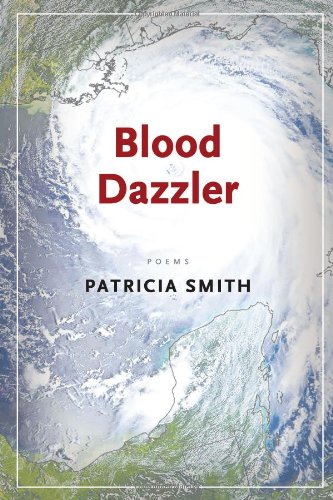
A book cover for Blood Dazzler; Patricia Smith; Science & Math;